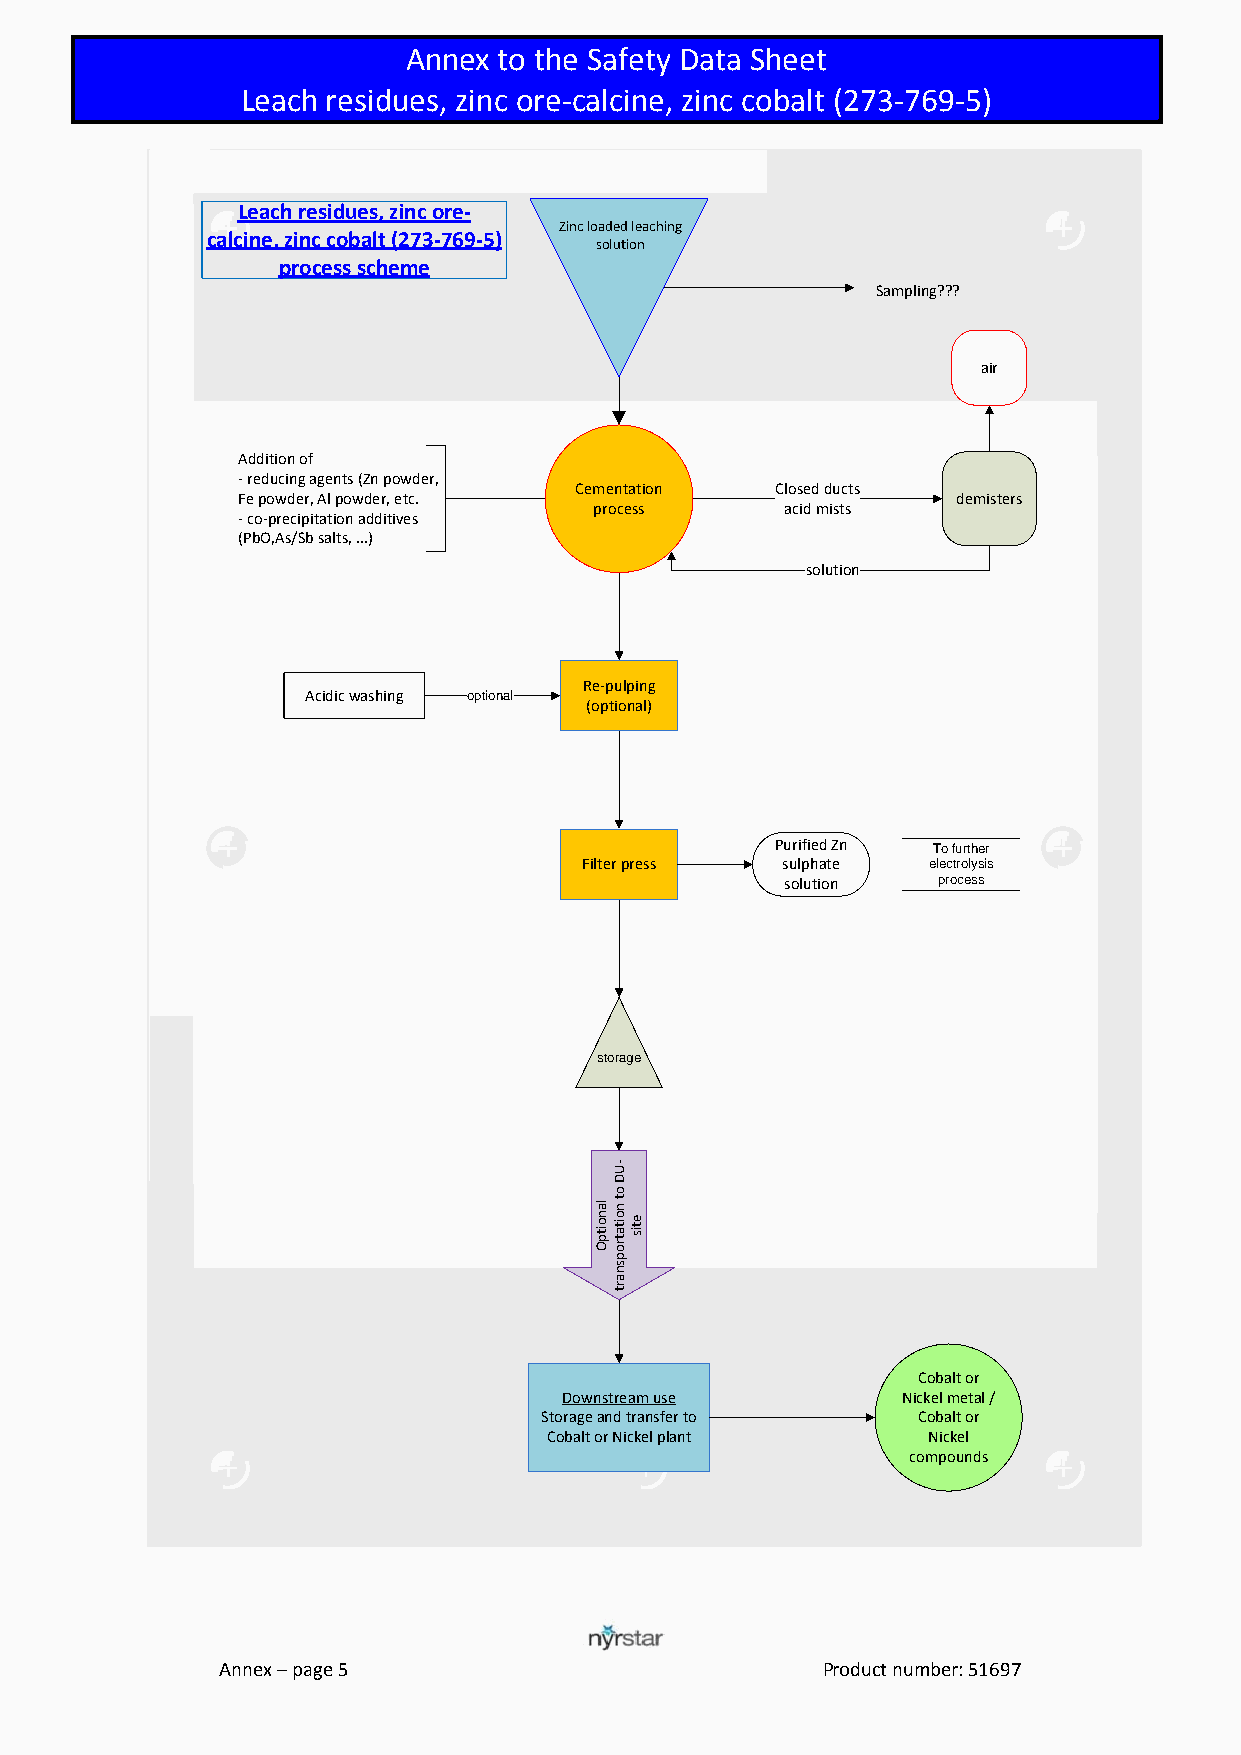
Annex  to Athnen eexx ttoe nthdee dSa Sfeatfye Dtya tDaa Sthae Seth eet (eSDS)
 >99.  Leach residues, zinc Soruelp-chaulcriince a, cziindc cobalt (273-769-5)
 Leach residues, zinc ore-
 Zinc loaded leaching
 calcine, zinc cobalt (273-769-5)
 solution
 process scheme
 Sampling???
 air
 Addition of
 - reducing agents (Zn powder,
 Cementation  Closed ducts
 Fe powder, Al powder, etc.                     demisters
 process      acid mists
 - co-precipitation additives
 (PbO,As/Sb salts, ...)
 solution
 Re-pulping
 Acidic washing optional
 (optional)
 Purified Zn To further
 Filter press sulphate electrolysis
 solution  process
 storage
 Cobalt or
 Downstream use         Nickel metal /
 Storage and transfer to  Cobalt or
 Cobalt or Nickel plant   Nickel
 compounds
 Annex – page 5                         Product number: 51697
 lanoitpO
 -UD
 ot
 noitatropsnart
 etis